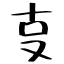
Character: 㕝